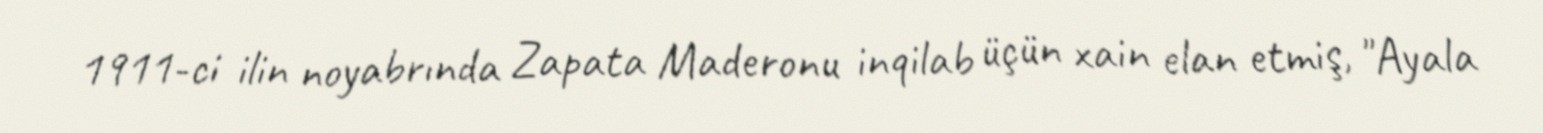
1911-ci ilin noyabrında Zapata Maderonu inqilab üçün xain elan etmiş, "Ayala